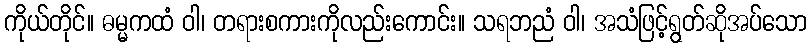
ကိုယ်တိုင်။ ဓမ္မကထံ ဝါ၊ တရားစကားကိုလည်းကောင်း။ သရဘညံ ဝါ၊ အသံဖြင့်ရွတ်ဆိုအပ်သော